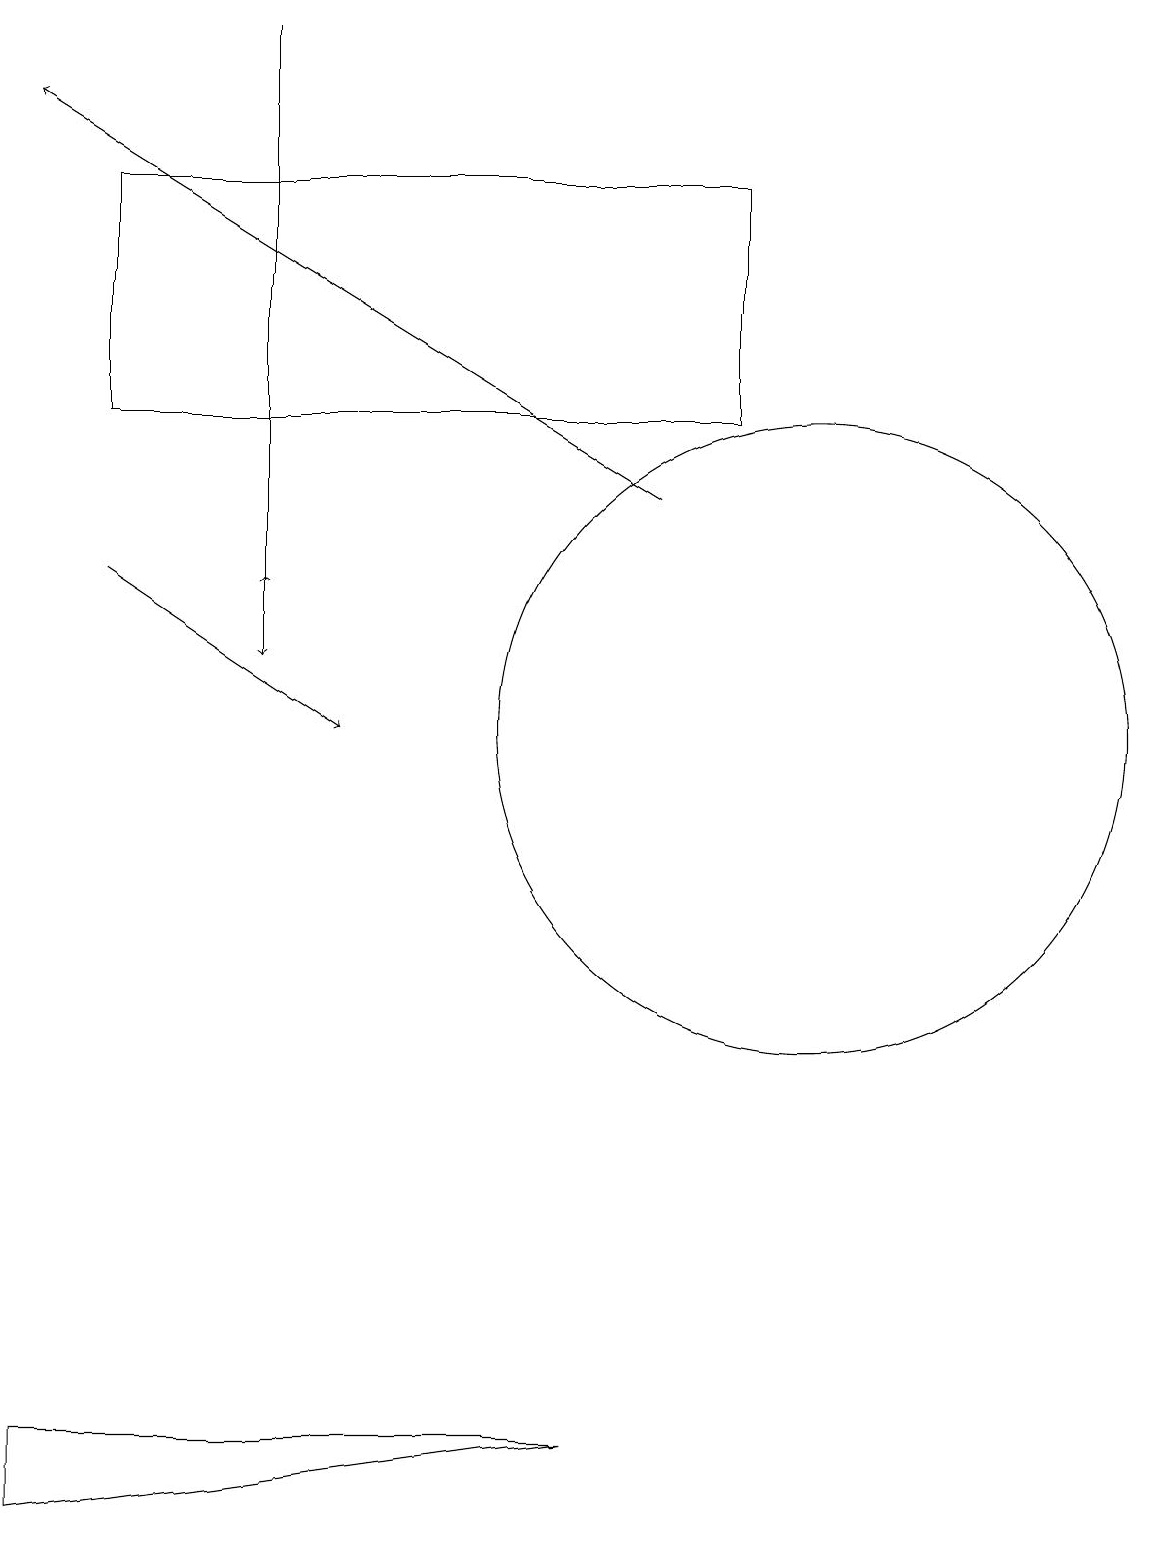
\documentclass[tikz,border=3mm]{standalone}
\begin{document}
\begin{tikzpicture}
\draw[->] (3,19) -- (3,11);
\draw[->] (8,13) -- (0,18);
\draw (1,17) rectangle (9,14);
\draw[->] (1,12) -- (4,10);
\draw (0,1) -- (7,1) -- (0,0) -- cycle;
\draw[->] (3,12) -- (3,12);
\draw (10,10) circle (4);
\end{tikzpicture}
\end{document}